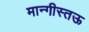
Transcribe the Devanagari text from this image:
मान्गीस्तऊ